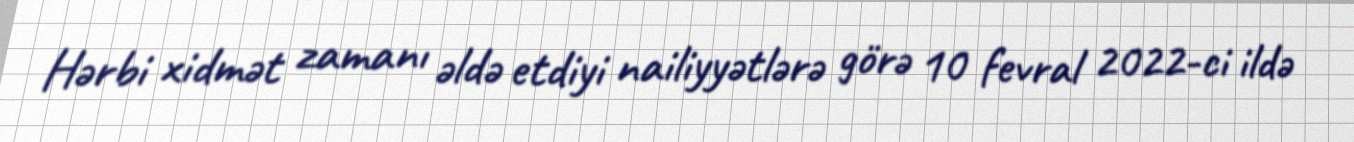
Hərbi xidmət zamanı əldə etdiyi nailiyyətlərə görə 10 fevral 2022-ci ildə